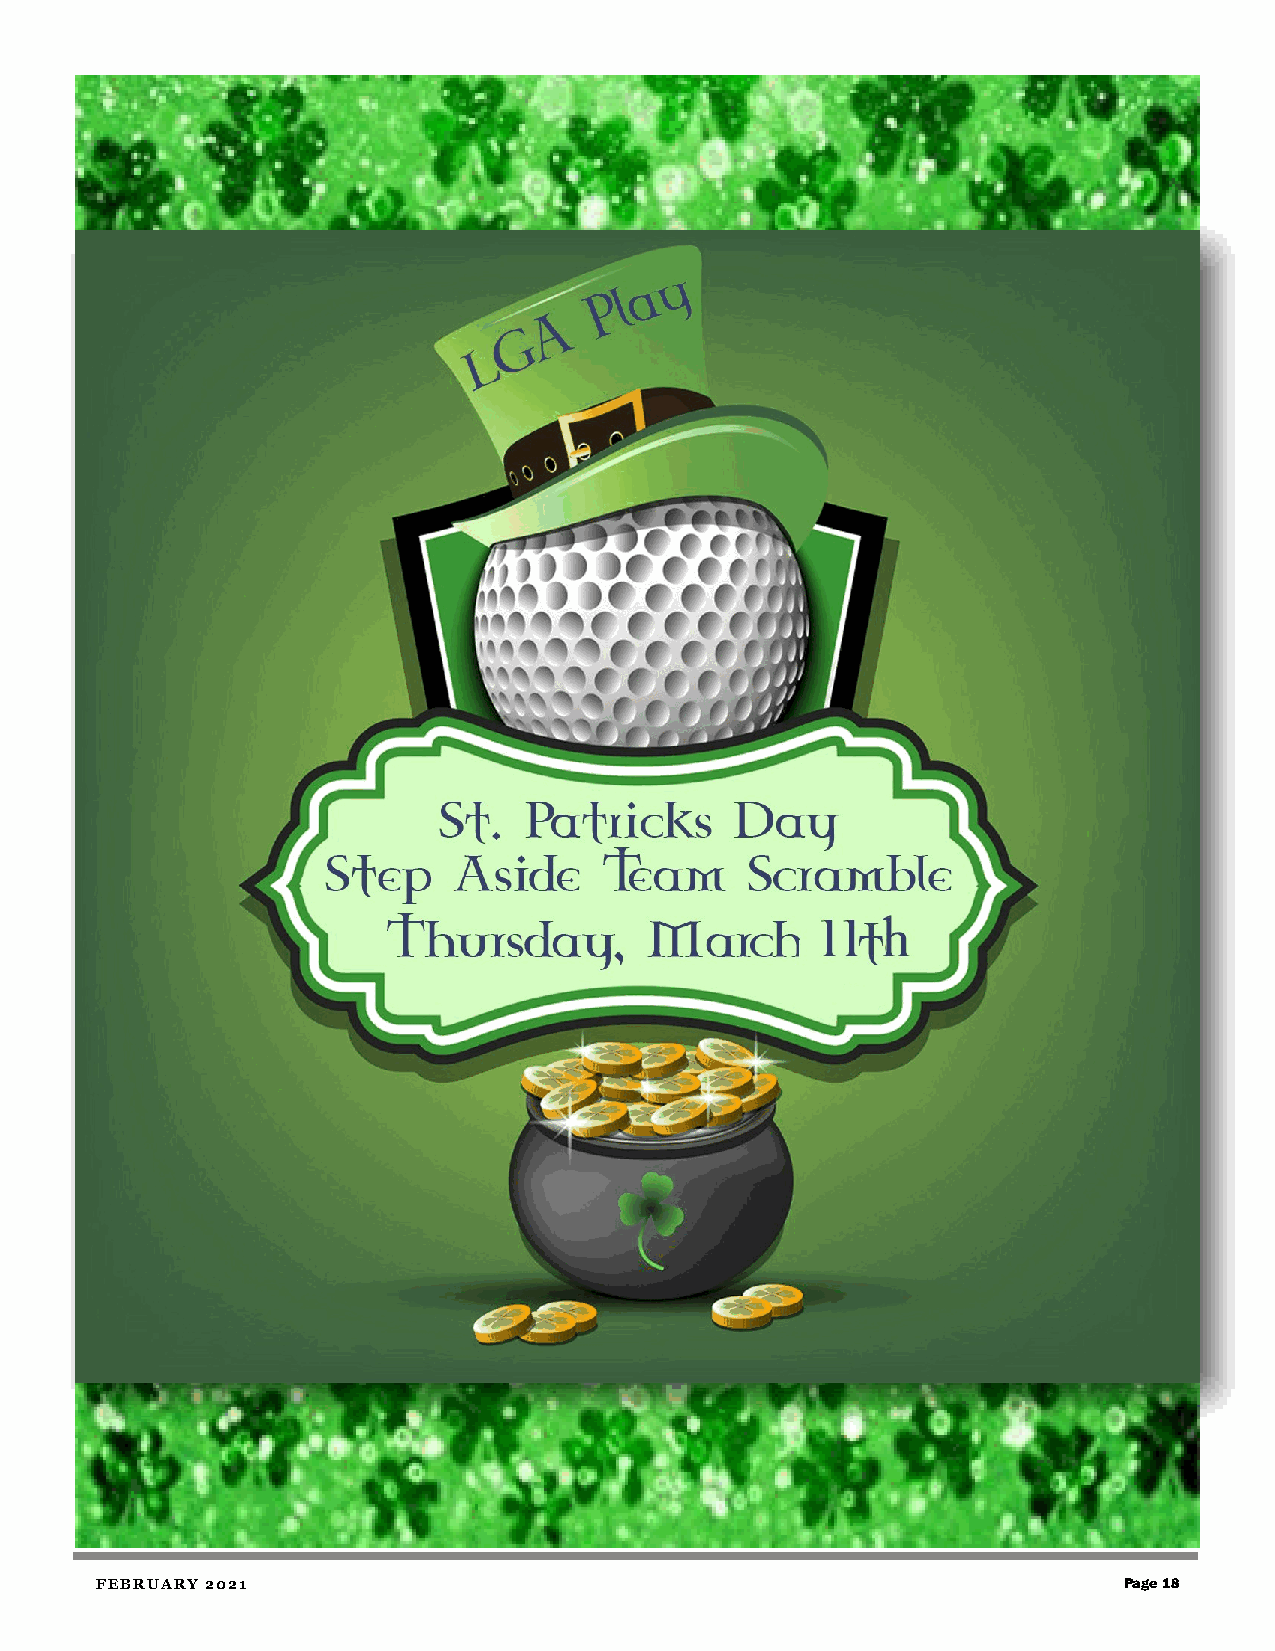
FEBRUARY 2021                                                       Page 18